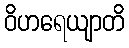
ဝိဟရေယျာတိ